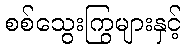
စစ်သွေးကြွများနှင့်